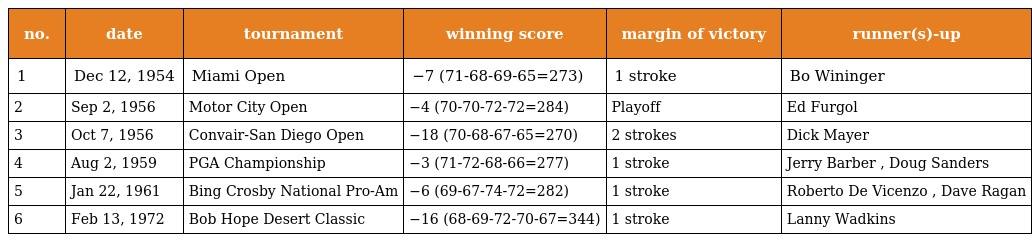
| no. | date | tournament | winning score | margin of victory | runner(s)-up |
 | --- | --- | --- | --- | --- | --- |
 | 1 | Dec 12, 1954 | Miami Open | −7 (71-68-69-65=273) | 1 stroke | Bo Wininger |
 | 2 | Sep 2, 1956 | Motor City Open | −4 (70-70-72-72=284) | Playoff | Ed Furgol |
 | 3 | Oct 7, 1956 | Convair-San Diego Open | −18 (70-68-67-65=270) | 2 strokes | Dick Mayer |
 | 4 | Aug 2, 1959 | PGA Championship | −3 (71-72-68-66=277) | 1 stroke | Jerry Barber , Doug Sanders |
 | 5 | Jan 22, 1961 | Bing Crosby National Pro-Am | −6 (69-67-74-72=282) | 1 stroke | Roberto De Vicenzo , Dave Ragan |
 | 6 | Feb 13, 1972 | Bob Hope Desert Classic | −16 (68-69-72-70-67=344) | 1 stroke | Lanny Wadkins |